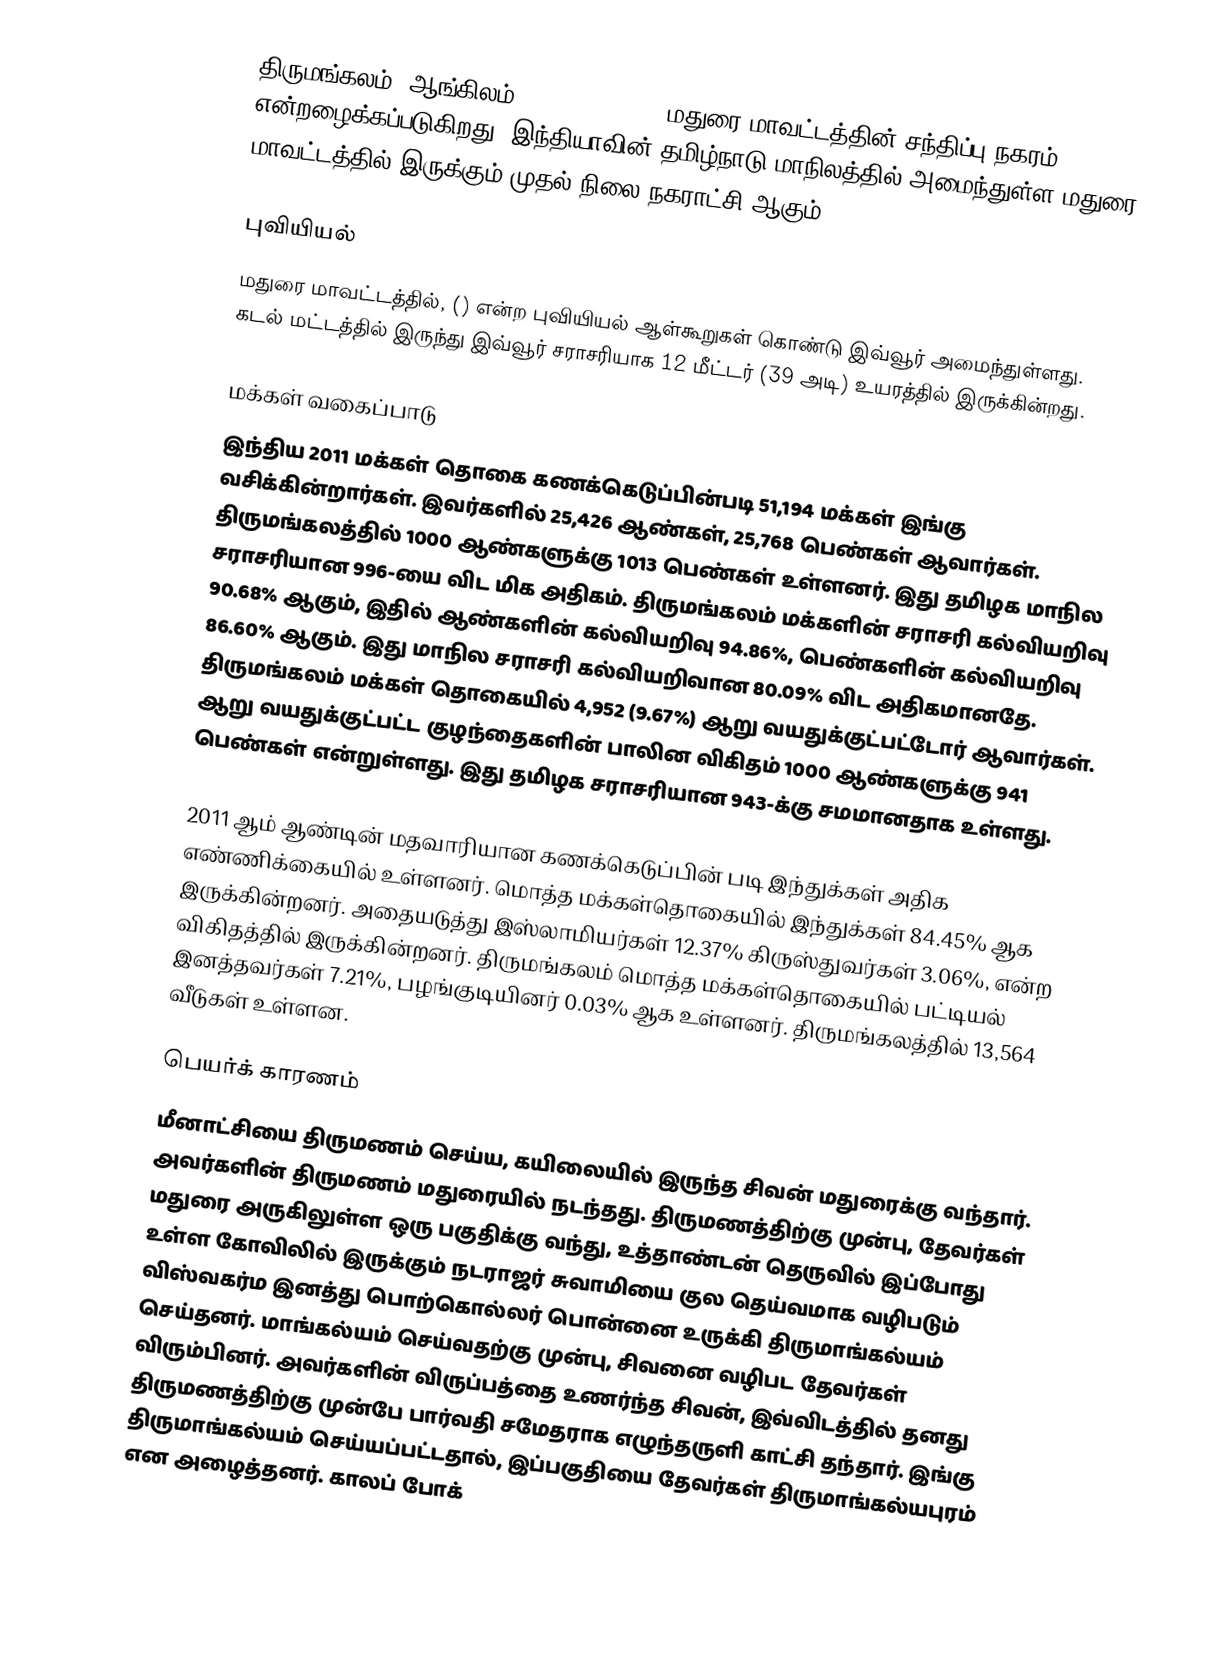
திருமங்கலம் (ஆங்கிலம்:Tirumangalam) - மதுரை மாவட்டத்தின் சந்திப்பு நகரம் என்றழைக்கப்படுகிறது. இந்தியாவின் தமிழ்நாடு மாநிலத்தில் அமைந்துள்ள மதுரை மாவட்டத்தில் இருக்கும் முதல் நிலை நகராட்சி ஆகும்.

புவியியல்
மதுரை மாவட்டத்தில், () என்ற புவியியல் ஆள்கூறுகள் கொண்டு இவ்வூர் அமைந்துள்ளது. கடல் மட்டத்தில் இருந்து இவ்வூர் சராசரியாக 12 மீட்டர் (39 அடி) உயரத்தில் இருக்கின்றது.

மக்கள் வகைப்பாடு
இந்திய 2011 மக்கள் தொகை கணக்கெடுப்பின்படி 51,194 மக்கள் இங்கு வசிக்கின்றார்கள். இவர்களில் 25,426 ஆண்கள், 25,768 பெண்கள் ஆவார்கள். திருமங்கலத்தில் 1000 ஆண்களுக்கு 1013 பெண்கள் உள்ளனர். இது தமிழக மாநில சராசரியான 996-யை விட மிக அதிகம். திருமங்கலம் மக்களின் சராசரி கல்வியறிவு 90.68% ஆகும், இதில் ஆண்களின் கல்வியறிவு 94.86%, பெண்களின் கல்வியறிவு 86.60% ஆகும். இது மாநில சராசரி கல்வியறிவான 80.09% விட அதிகமானதே. திருமங்கலம் மக்கள் தொகையில் 4,952 (9.67%) ஆறு வயதுக்குட்பட்டோர் ஆவார்கள். ஆறு வயதுக்குட்பட்ட குழந்தைகளின் பாலின விகிதம் 1000 ஆண்களுக்கு 941 பெண்கள் என்றுள்ளது. இது தமிழக சராசரியான 943-க்கு சமமானதாக உள்ளது.

2011 ஆம் ஆண்டின் மதவாரியான கணக்கெடுப்பின் படி இந்துக்கள் அதிக எண்ணிக்கையில் உள்ளனர். மொத்த மக்கள்தொகையில் இந்துக்கள் 84.45% ஆக இருக்கின்றனர். அதையடுத்து இஸ்லாமியர்கள் 12.37% கிருஸ்துவர்கள் 3.06%, என்ற விகிதத்தில் இருக்கின்றனர். திருமங்கலம் மொத்த மக்கள்தொகையில் பட்டியல் இனத்தவர்கள் 7.21%, பழங்குடியினர் 0.03% ஆக உள்ளனர். திருமங்கலத்தில் 13,564 வீடுகள் உள்ளன.

பெயர்க் காரணம்
மீனாட்சியை திருமணம் செய்ய, கயிலையில் இருந்த சிவன் மதுரைக்கு வந்தார். அவர்களின் திருமணம் மதுரையில் நடந்தது. திருமணத்திற்கு முன்பு, தேவர்கள் மதுரை அருகிலுள்ள ஒரு பகுதிக்கு வந்து, உத்தாண்டன் தெருவில் இப்போது உள்ள கோவிலில் இருக்கும் நடராஜர் சுவாமியை குல தெய்வமாக வழிபடும் விஸ்வகர்ம இனத்து பொற்கொல்லர் பொன்னை உருக்கி திருமாங்கல்யம் செய்தனர். மாங்கல்யம் செய்வதற்கு முன்பு, சிவனை வழிபட தேவர்கள் விரும்பினர். அவர்களின் விருப்பத்தை உணர்ந்த சிவன், இவ்விடத்தில் தனது திருமணத்திற்கு முன்பே பார்வதி சமேதராக எழுந்தருளி காட்சி தந்தார். இங்கு திருமாங்கல்யம் செய்யப்பட்டதால், இப்பகுதியை தேவர்கள் திருமாங்கல்யபுரம் என அழைத்தனர். காலப் போக்